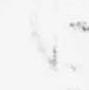
候